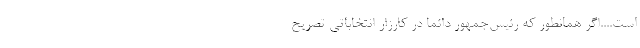
است....اگر همانطور که رئیس‌جمهور دائماً در کارزار انتخاباتی تصریح